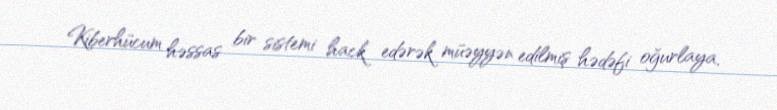
Kiberhücum həssas bir sistemi hack edərək müəyyən edilmiş hədəfi oğurlaya,